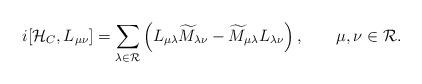
LaTeX: \begin{align*}i[{\cal H}_C, L_{\mu\nu}]=\sum_{\lambda\in{\cal R}}\left(L_{\mu\lambda}\widetilde{M}_{\lambda\nu}- \widetilde{M}_{\mu\lambda}L_{\lambda\nu}\right),\qquad \mu,\nu\in{\cal R}.\end{align*}